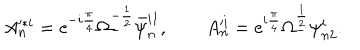
LaTeX: A _ { n } ^ { * i } = \mathrm { e } ^ { - i { \frac { \pi } { 4 } } } \Omega _ { - } ^ { - { \frac { 1 } { 2 } } } \bar { \psi } _ { n } ^ { i \dot { 1 } } , \qquad A _ { n } ^ { i } = \mathrm { e } ^ { i { \frac { \pi } { 4 } } } \Omega _ { - } ^ { { \frac { 1 } { 2 } } } \psi _ { n 2 } ^ { i } .